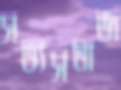
সভ্যসমাজ